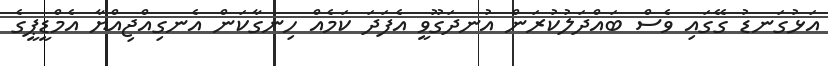
އަޅުގަނޑު ގޭގައި ވެސް ބައްދަލުކުރަން އުނދަގޫވީ އެފަދަ ކަމެއް ހިނގާކަން އެނގިއްޖިއްޔާ އެމްޑީޕީގެ